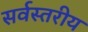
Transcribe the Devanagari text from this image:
सर्वस्तरीय